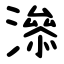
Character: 㵕